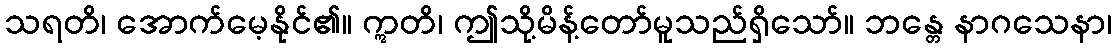
သရတိ၊ အောက်မေ့နိုင်၏။ ဣတိ၊ ဤသို့မိန့်တော်မူသည်ရှိသော်။ ဘန္တေ နာဂသေနာ၊